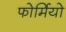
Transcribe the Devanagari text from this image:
फोर्मियो